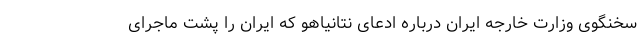
سخنگوی وزارت خارجه ایران درباره ادعای نتانیاهو که ایران را پشت ماجرای